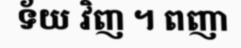
ទ័យ វិញ ។ ពញា